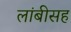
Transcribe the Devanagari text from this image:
लांबीसह